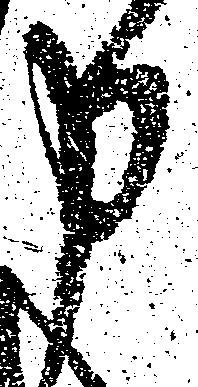
申